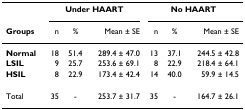
<table><thead><tr><td></td><td colspan="3"><b>Under HAART</b></td><td colspan="3"><b>No HAART</b></td></tr><tr><td><b>Groups</b></td><td><b>n</b></td><td><b>%</b></td><td><b>Mean ± SE</b></td><td><b>n</b></td><td><b>%</b></td><td><b>Mean ± SE</b></td></tr></thead><tbody><tr><td><b>Normal</b></td><td>18</td><td>51.4</td><td>289.4 ± 47.0</td><td>13</td><td>37.1</td><td>244.5 ± 42.8</td></tr><tr><td><b>LSIL</b></td><td>9</td><td>25.7</td><td>253.6 ± 69.1</td><td>8</td><td>22.9</td><td>218.4 ± 64.1</td></tr><tr><td><b>HSIL</b></td><td>8</td><td>22.9</td><td>173.4 ± 42.4</td><td>14</td><td>40.0</td><td>59.9 ± 14.5</td></tr><tr><td>Total</td><td>35</td><td>-</td><td>253.7 ± 31.7</td><td>35</td><td>-</td><td>164.7 ± 26.1</td></tr></tbody></table>